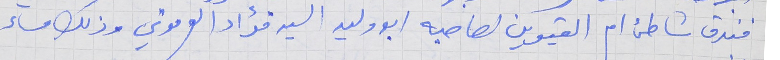
فندق شاطىء ام القيوين لصاحبه ابو وليد السيد فؤاد العرموني وذلك مساء